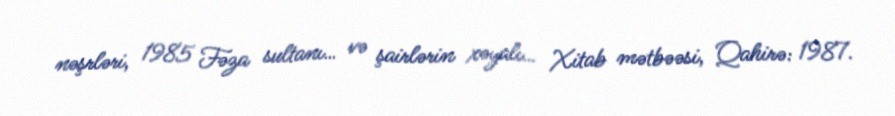
nəşrləri, 1985 Fəza sultanı… və şairlərin xəyalı… Xitab mətbəəsi, Qahirə: 1987.